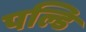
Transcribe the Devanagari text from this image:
पल्डि